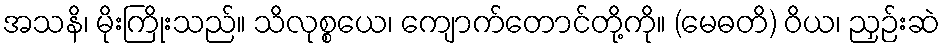
အသနိ၊ မိုးကြိုးသည်။ သိလုစ္စယေ၊ ကျောက်တောင်တို့ကို။ (မေဓတိ) ဝိယ၊ ညှဉ်းဆဲ